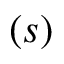
( s )